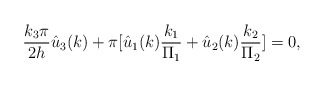
\begin{align*}\frac{k_3\pi}{2h}\hat{u}_3(k)+\pi [\hat{u}_1(k)\frac{k_1}{\Pi_1}+\hat{u}_2(k)\frac{k_2}{\Pi_2}]=0,\end{align*}